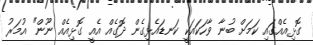
ގޮޅިއެއްގައި ކަމަށް ބުނާ ވާހަކައަކީ ކަނޑައެޅިގެން ދޮގެއް އެއީ ގޮޅިއެއް ނޫން" އުމަރު